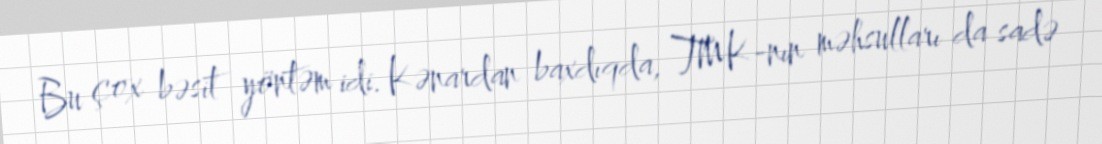
Bu çox bəsit yöntəm idi. Kənardan baxdıqda, TMK-nın məhsulları da sadə